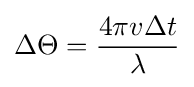
\Delta \Theta ={\frac {4\pi v\Delta t}{\lambda }}